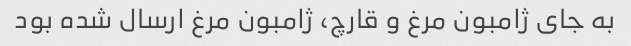
به جای ژامبون مرغ و قارچ، ژامبون مرغ ارسال شده بود